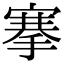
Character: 搴